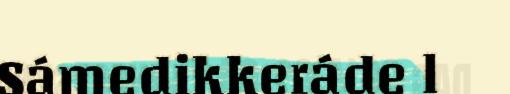
Sámedikkeráde l